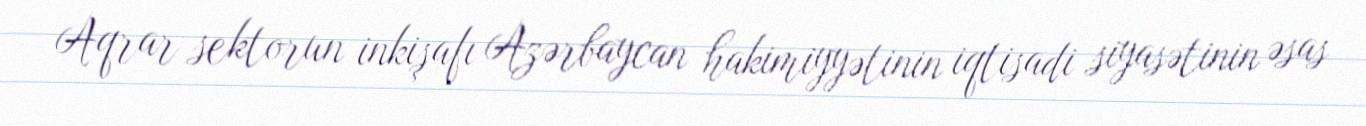
Aqrar sektorun inkişafı Azərbaycan hakimiyyətinin iqtisadi siyasətinin əsas